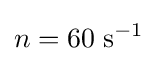
n=60\;{\text{s}}^{-1}